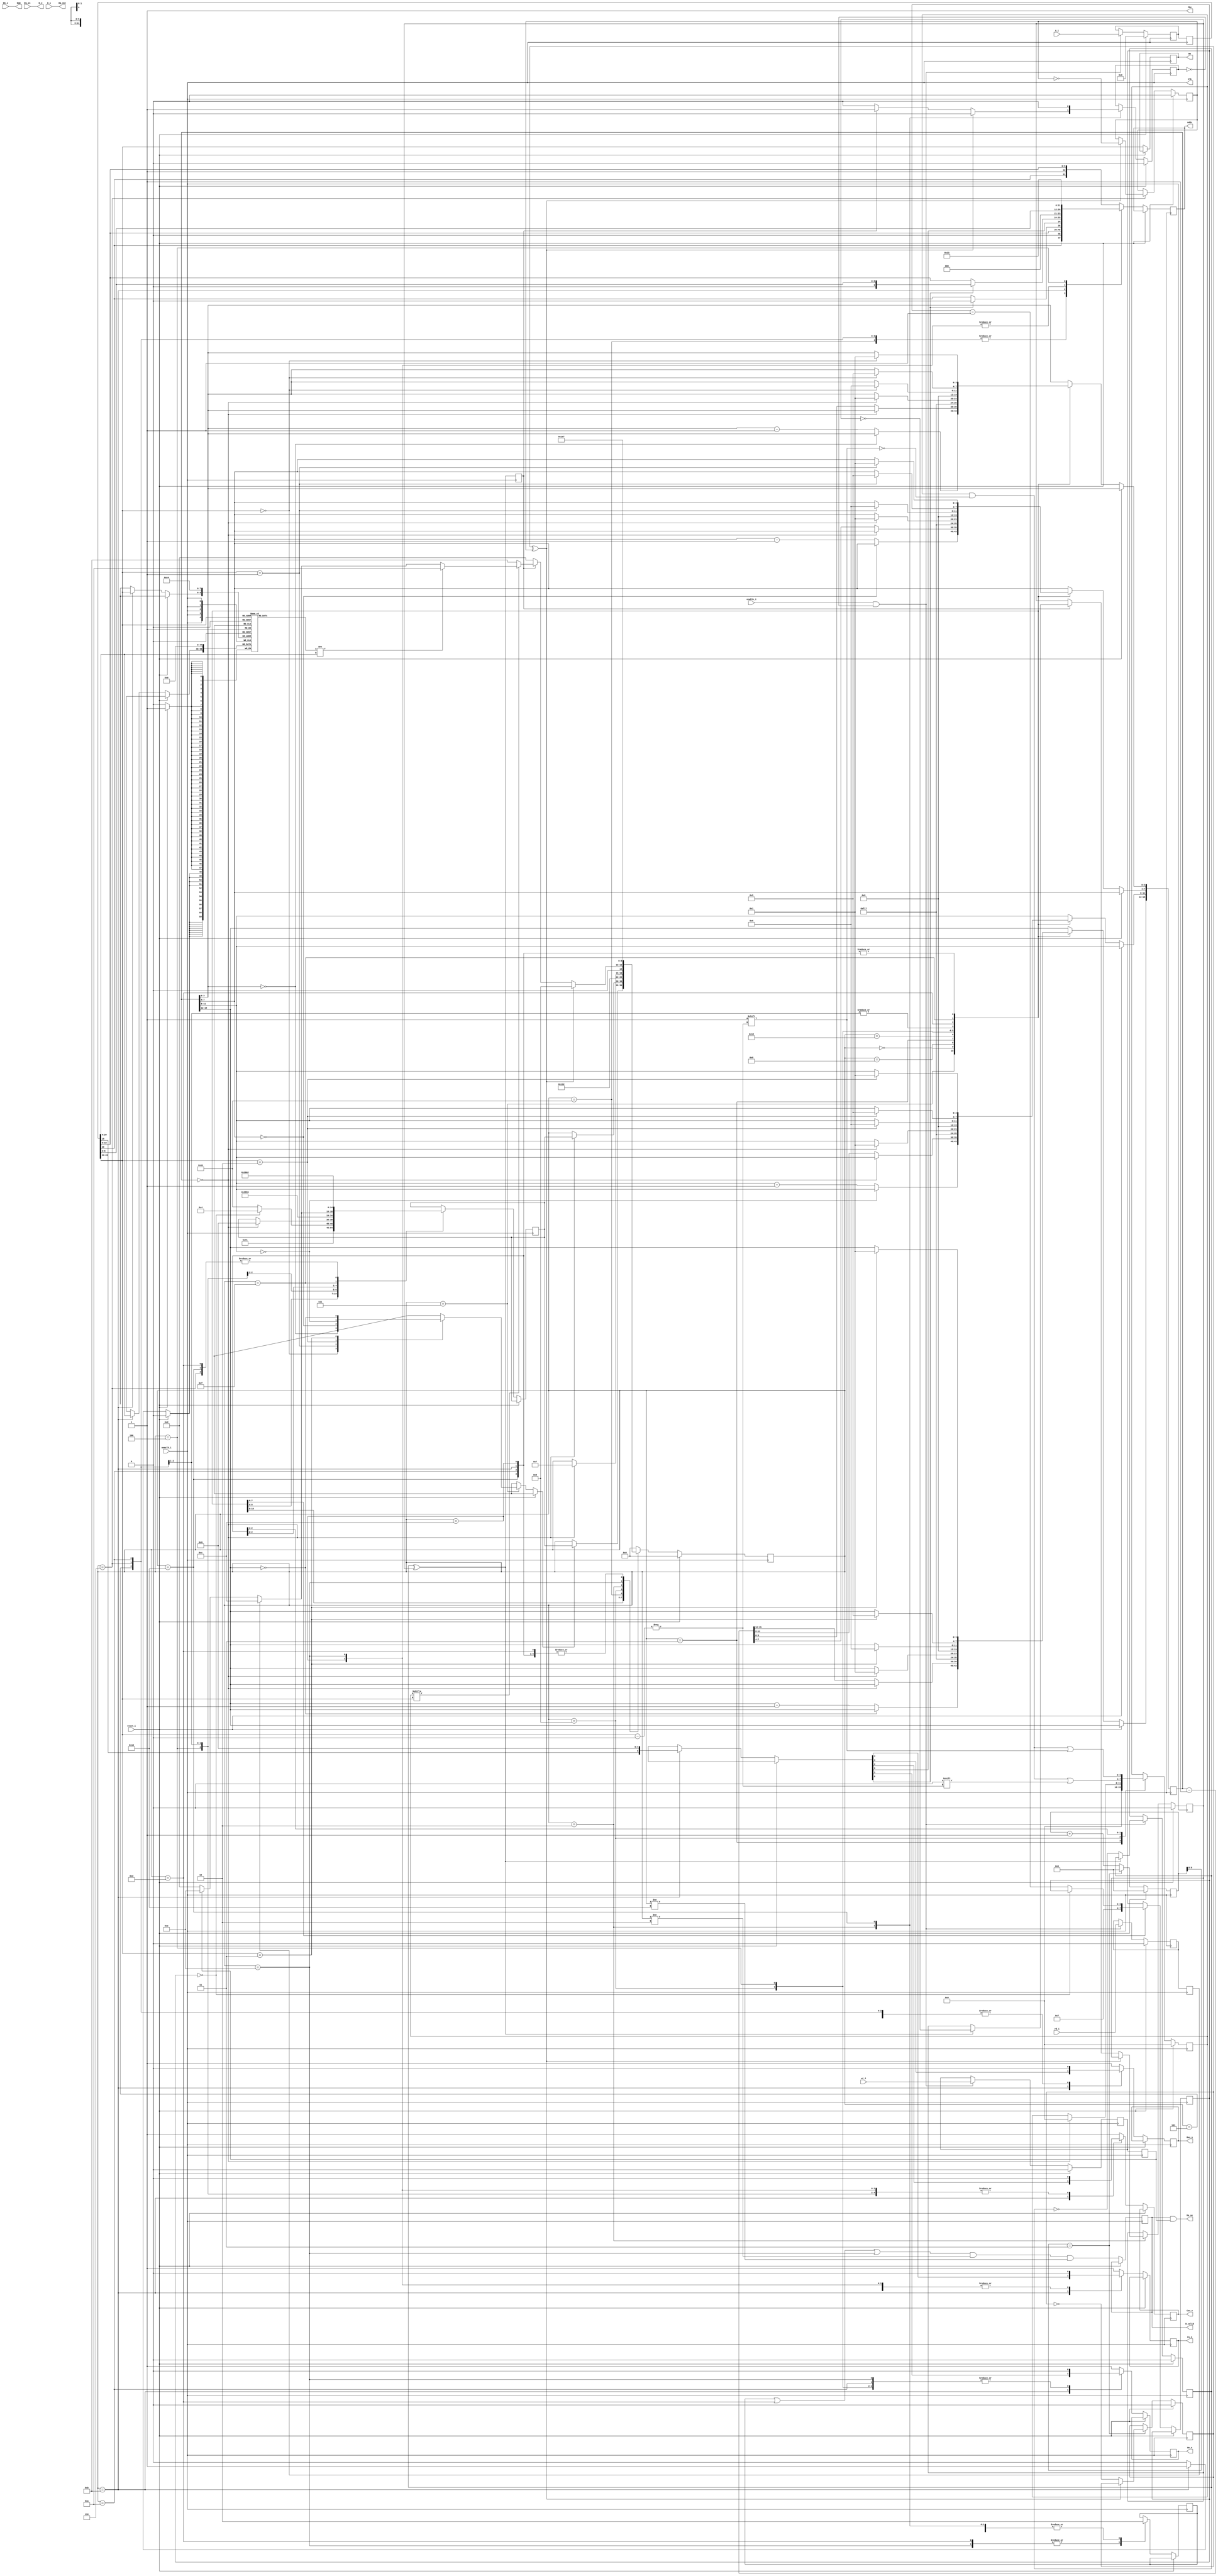
module sdram (
	// State machine clock
	input			memclk_i,
	input			reset_i,
	// Logical Interface (8M words of 16 bits)
	input			enable_i,
	input 			rd_i,
	input 			wr_i,
	input [22:0] 	A_i,
	input [15:0] 	D_i,
	input [1:0]		Dm_i,
	output [15:0] 	D_o,
	output reg		D_valid,
	// Physical SDRAM Interface
   input 	  [15:0] 	Dq_in,	// From Ram
   output     [15:0]	Dq_out,	// To Ram
   output				Dq_oe,
   output reg [11:0] 	Addr,
   output reg [1:0] 	Ba,
   output      			Clk,
   output 	     		Cke,
   output reg     		Cs_n,
   output reg     		Ras_n,
   output reg     		Cas_n,
   output reg     		We_n,
   output [1 : 0] 		Dqm
);
	// States
	parameter INIT = 0, XXXXX = 1, IDLE = 2, PRECHARGE_ALL = 3, SET_MODE = 4, AUTO_REFRESH2 = 5,
				AUTO_REFRESH = 6, COUNT_DOWN = 7, FULL_COUNT_DOWN = 8, PRECHARGE_REFRESH = 9,
				CLOSE_ROW = 10, OPEN_ROW = 11, READ = 12, READOUT = 13, WRITE = 14, WRITEIN = 15,
				WRITE_SETTLE = 16, STARTUP_REFRESH1 = 17, STARTUP_REFRESH2 = 18;
	// Wire definitions ===========================================================================
	wire [3:0] wait_timeout;	// Waiting for a bank timeout
	wire refresh_pending;		// Waiting for opportunity to refresh
	wire op_pending;			// Interface operation pending
	wire [1:0] op_bank;
	wire [11:0] op_row;
	wire [8:0] op_col;
	// Registers ==================================================================================
	reg [4:0] state = INIT, next_state = IDLE;
	reg [15:0] counter;			// Used as single counter for start up, or split into 4 for bank cntr
	reg [11:0] refresh_ticker;
	reg refresh_due, refresh_done;
	reg [11:0] lastrow[0:3];	// Last row accessed
	reg [3:0] bank_open;		// If the lastrow valid for this bank?
	reg [3:0] startup_cycles = 0;
	// Registered request interface
	reg if_rd, if_wr;
	reg [22:0] if_A;
	// Alternate edge request
	reg if_rd_alt, if_wr_alt, op_pending_alt;
	reg [22:0] if_A_alt;
	// Operation pending
	reg op_due, op_done;
	// Indicates that we're in a read/write process
	reg data_proc_cycle;
	// Indicates that the state machine is busy with something OTHER than refresh and should ignore requests
	reg fsm_busy;
	// Assignments ================================================================================
	assign Clk = memclk_i;
	assign Cke = 1'b1;			// Always enable clock
	// Timeout signals
	assign wait_timeout[0] = (counter[3:0] == 0);		// Set if a timer is ticking for bank 0
	assign wait_timeout[1] = (counter[7:4] == 0);		// Set if a timer is ticking for bank 1
	assign wait_timeout[2] = (counter[11:8] == 0); 		// Set if a timer is ticking for bank 2
	assign wait_timeout[3] = (counter[15:12] == 0); 	// Set if a timer is ticking for bank 3
	assign refresh_pending = refresh_due ^ refresh_done;	// XOR
	assign op_pending = op_due ^ op_done;				// XOR
	// Convenience/readability assignments
	assign op_bank = if_A_alt[22:21];
	assign op_row = if_A_alt[20:9];
	assign op_col = if_A_alt[8:0];
	// Memory IF Assignments
	assign D_o = Dq_in;
	assign Dq_out = D_i;
	assign Dq_oe = (D_valid & if_wr_alt);	// Output enable for DQ
	assign Dqm = Dm_i;
	// Module connections =========================================================================
	// Simulation branches and control ============================================================
	`ifdef SIM
		wire [11:0] debug_bankrow0=lastrow[0];
		wire [11:0] debug_bankrow1=lastrow[1];
		wire [11:0] debug_bankrow2=lastrow[2];
		wire [11:0] debug_bankrow3=lastrow[3];
	`endif
	// Other logic ================================================================================
	// Function definitions ===========================================================================
	// Command table attributes (Wait = delay after executing command, A-Banks is a op affecting all)
	function [0:5] param_table (
		input [3:0] cmd
		);
		case( cmd )
			//                     A10         CS    RAS   CAS   WE    R0/C1
			4'd00: param_table = { 1'b1,       1'b1, 1'b1, 1'b1, 1'b1, 1'b0}; // Nop
			4'd01: param_table = { 1'b1,       1'b0, 1'b0, 1'b1, 1'b0, 1'b0}; // Precharge all
			4'd02: param_table = { 1'b0,       1'b0, 1'b0, 1'b0, 1'b0, 1'b0}; // Set mode
			4'd03: param_table = { 1'b0,       1'b0, 1'b0, 1'b0, 1'b1, 1'b0}; // Auto refresh
			4'd04: param_table = { 1'b0,       1'b0, 1'b0, 1'b1, 1'b0, 1'b0}; // Precharge Bank
			4'd05: param_table = { op_row[10], 1'b0, 1'b0, 1'b1, 1'b1, 1'b0}; // Bank Activate
			4'd06: param_table = { 1'b0,       1'b0, 1'b1, 1'b0, 1'b1, 1'b1}; // READ
			4'd07: param_table = { 1'b0,       1'b0, 1'b1, 1'b0, 1'b0, 1'b1}; // WRITE
			default: param_table = -6'd1;	// Invalid
		endcase
	endfunction
	// Set the registered signals for the SDRAM
	task set_signals ( input [0:5] data );
		{Cs_n, Ras_n, Cas_n, We_n, Ba, Addr[11:0]} <=
			{data[1:4], op_bank, (~data[5]) ? op_row[11] : 1'b0, data[0], (data[5]) ? {1'b0, op_col} : op_row[9:0]};
	endtask
	// Set timeout for the specific bank
	task set_bank_timeout ( input [1:0] bank, input [3:0] data );
		case(bank)
			2'd0: counter[3:0] <= data;
			2'd1: counter[7:4] <= data;
			2'd2: counter[11:8] <= data;
			2'd3: counter[15:12] <= data;
		endcase
	endtask
	// Timer expired for bank?
	function bank_timeout( input [1:0] bank );
		case(bank)
			2'd0: bank_timeout = (counter[3:0] == 4'd0);
			2'd1: bank_timeout = (counter[7:4] == 4'd0);
			2'd2: bank_timeout = (counter[11:8] == 4'd0);
			2'd3: bank_timeout = (counter[15:12] == 4'd0);
			default: bank_timeout = 0;
		endcase
	endfunction
	// Track the memory request interface signals, rising edge
	always @(posedge memclk_i)
	if( reset_i ) begin
		op_due <= 0;
		if_rd <= 0;
		if_wr <= 0;
		if_A <= 0;
	end
	else
	if( enable_i && ~fsm_busy ) begin	// Ignore any requests during processing
		if_rd <= rd_i;
		if_wr <= wr_i;
		if_A <= A_i;
		if( ~op_pending ) op_due <= ~op_due;
	end
	// Capture on alt-edge
	always @(negedge memclk_i)
	begin
		if_rd_alt <= if_rd;
		if_wr_alt <= if_wr;
		if_A_alt <= if_A;
		op_pending_alt <= op_pending;
	end
	// Manage state machine - set next states
	always @(posedge memclk_i)
	begin
		if( reset_i ) begin
			refresh_done <= 0;
			op_done <= 0;
			lastrow[0] <= 0;
			lastrow[1] <= 0;
			lastrow[2] <= 0;
			lastrow[3] <= 0;
			// No banks open
			bank_open <= 0;
			state <= INIT;
			// Not busy
			fsm_busy <= 0;
		end
		else begin
			// FSM Machine
			case( state )
				// Count downs - used by pretty much every command
				COUNT_DOWN: begin
					// Transition to next state
					if( bank_timeout(op_bank) ) state <= next_state;
					// Updated counters
					if( ~wait_timeout[0] ) counter[3:0] <= counter[3:0] - 1'b1;
					if( ~wait_timeout[1] ) counter[7:4] <= counter[7:4] - 1'b1;
					if( ~wait_timeout[2] ) counter[11:8] <= counter[11:8] - 1'b1;
					if( ~wait_timeout[3] ) counter[15:12] <= counter[15:12] - 1'b1;
				end
				// Full range count down for start up
				FULL_COUNT_DOWN: begin
					if( counter == 0 )
						state <= next_state;
					else
						counter <= counter - 1'b1;
				end
				// Power on initialize
				INIT: begin
					data_proc_cycle <= 0;
					counter <= -16'd1; 				// Wait for stable clock > 200uS (410uS)
					state <= FULL_COUNT_DOWN;
					next_state <= PRECHARGE_ALL;
				end
				// Precharge all banks
				PRECHARGE_ALL: begin
					counter <= 16'h1111;	// Countdown all banks
					bank_open <= 0;			// No banks open
					state <= COUNT_DOWN;
					startup_cycles <= 7;	// Startup counter - 8 refreshes
					next_state <= STARTUP_REFRESH1;
				end
				// Initial refresh start up required before mode set in some devices
				STARTUP_REFRESH1: begin
					state <= STARTUP_REFRESH2;
				end
				STARTUP_REFRESH2: begin
					counter <= 16'h7777;
					state <= COUNT_DOWN;
					if( startup_cycles == 0 ) next_state <= SET_MODE;
					else begin
						startup_cycles <= startup_cycles - 1'b1;
						next_state <= STARTUP_REFRESH1;
					end
				end
				// Precharge all banks then refresh
				PRECHARGE_REFRESH: begin
					// Only process precharge if an operation is not in progress
					if( counter == 0 ) begin
						bank_open <= 0;			// No banks open
						counter <= 16'h1111;	// Countdown all banks
						state <= COUNT_DOWN;
						next_state <= AUTO_REFRESH;
					end
				end
				// Set mode command
				SET_MODE: begin
					counter <= 4'd0;
					state <= COUNT_DOWN;
					next_state <= AUTO_REFRESH2;
				end
				// Auto Refresh 2 - start up double auto refresh
				AUTO_REFRESH2: begin
					counter <= 16'h8888;
					state <= COUNT_DOWN;
					next_state <= AUTO_REFRESH;
				end
				// Auto Refresh
				AUTO_REFRESH: begin
					counter <= 16'h8888;
					state <= COUNT_DOWN;
					next_state <= IDLE;
					// Clear the refresh pending flag
					if( refresh_pending ) refresh_done <= ~refresh_done;
				end
				// Set mode command
				IDLE: begin
					if( refresh_pending ) begin
						state <= PRECHARGE_REFRESH;
						fsm_busy <= 0;
					end
					else if( op_pending_alt ) begin
						// Reset the pending flag, always half a cycle behind _alt, so will be set
						if( op_pending ) op_done <= ~op_done;
						// Doing something, so set busy flag
						fsm_busy <= 1'b1;
						// Check row in bank, if not same then close
						if( bank_open[op_bank] )
						begin
							// Is bank correct?
							if( lastrow[op_bank] != op_row ) begin
								state <= CLOSE_ROW;
							end
							// Bank open and ready!
							else state <= (if_rd_alt) ? READ : (if_wr_alt) ? WRITE : IDLE; //(Failsafe)
						end
						else state <= OPEN_ROW;			// Otherwise open the bank
					end
					// Otherwise stay in idle
					else begin
						state <= IDLE;
						// Not busy
						fsm_busy <= 0;
					end
					// Can't be in retrieval if idle
					data_proc_cycle <= 0;
				end
				// Close row command
				CLOSE_ROW: begin
					set_bank_timeout(op_bank, 1);
					bank_open[op_bank] <= 0;			// Close this bank
					state <= COUNT_DOWN;
					next_state <= OPEN_ROW;
				end
				// Open row command
				OPEN_ROW: begin
					set_bank_timeout(op_bank, 1);
					state <= COUNT_DOWN;
					next_state <= (if_rd_alt) ? READ : (if_wr_alt) ? WRITE : IDLE; //(Failsafe)
					bank_open[op_bank] <= 1;			// Indicate bank open
					lastrow[op_bank] <= op_row;			// Store the row for later comparison
				end
				// Read command
				READ: begin
					`ifdef LATENCY2
						set_bank_timeout(op_bank, 0);
					`else	// Latency 3 clocks
						set_bank_timeout(op_bank, 1);
					`endif
					state <= COUNT_DOWN;
					next_state <= READOUT;
				end
				// OUT processing
				READOUT: begin
					data_proc_cycle <= 1'b1;
					set_bank_timeout(op_bank, 6);
					state <= COUNT_DOWN;
					next_state <= IDLE;
				end
				// Write command
				WRITE: begin
					state <= WRITEIN;
					data_proc_cycle <= 1'b1;
				end
				// IN processing (-2)
				WRITEIN: begin
					set_bank_timeout(op_bank, 5);
					state <= COUNT_DOWN;
					next_state <= WRITE_SETTLE;
				end
				WRITE_SETTLE: begin
					`ifdef LATENCY2
						set_bank_timeout(op_bank, 0);
					`else	// Latency 3 clocks
						set_bank_timeout(op_bank, 1);
					`endif
					data_proc_cycle <= 0;
					state <= COUNT_DOWN;
					next_state <= IDLE;
					fsm_busy <= 0;
				end
				// If we lose the state, then self-reset
				default: state <= INIT;
			endcase
		end
	end
	// Update signals (memory reads in on rising edge)
	always @(negedge memclk_i)
	begin
		if( reset_i ) begin
			refresh_ticker <= 0;
			refresh_due <= 0;
		end
		else begin
			`ifdef SIZE128M
			// Refresh ticker - cycle at 2432, 62.2848ms full cycle (15.20625uS repeats) 4096 Rows
			if(refresh_ticker[11:7] == 5'b10011)
			`else
			// Refresh ticker - cycle at 768, 62.91456ms full cycle (8192 Rows)
			if(refresh_ticker[9:8] == 2'b11)
			`endif
			begin
				refresh_ticker <= 12'd0;
				// Cause refresh to be due
				if( ~refresh_pending ) refresh_due <= ~refresh_due;
			end
			else refresh_ticker <= (refresh_ticker + 1'b1);
			// Set the valid indicator
			D_valid <= (data_proc_cycle || (state == READOUT) || (state == WRITE)) && (state != IDLE) && (state != WRITE_SETTLE);
			// Set the output state
			case( state )
				IDLE: 				set_signals(param_table(0));
				INIT: 				set_signals(param_table(0));
				COUNT_DOWN:			set_signals(param_table(0));
				FULL_COUNT_DOWN:	set_signals(param_table(0));
				STARTUP_REFRESH2:	set_signals(param_table(0));
				PRECHARGE_ALL: 		set_signals(param_table(1));
				PRECHARGE_REFRESH:	set_signals(param_table(1));
				AUTO_REFRESH2:		set_signals(param_table(3));
				AUTO_REFRESH:		set_signals(param_table(3));
				STARTUP_REFRESH1:	set_signals(param_table(3));
				CLOSE_ROW:			set_signals(param_table(4));
				OPEN_ROW:			set_signals(param_table(5));
				READ:				set_signals(param_table(6));
				READOUT:			set_signals(param_table(0));
				WRITE:				set_signals(param_table(7));
				WRITEIN:			set_signals(param_table(0));
				WRITE_SETTLE:		set_signals(param_table(0));
				SET_MODE: begin
					set_signals(param_table(2));
					Addr <= 12'h23;	// 8-word bursts with 2.latency
				end
				default:			set_signals(param_table(0));	// NOP
			endcase
		end
	end
endmodule